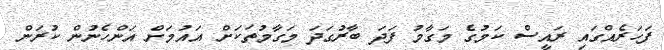
ފަހަރެއްގައި ރައީސް ކަމުގެ މަގާމު ފަދަ ބާރުގަދަ މަގާމުތަކަށް އައުމަށް އަންހެނުން ކުރަން